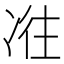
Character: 𠗤